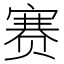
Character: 赛